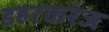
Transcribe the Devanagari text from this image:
डहरकरंज